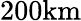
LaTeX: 200\mathrm{km}